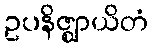
ဥပနိဇ္ဈာယိတံ